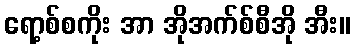
ရော့စ်စကိုး အာ အိုအက်စ်စီအို အီး။